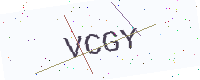
Text: VCGY